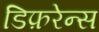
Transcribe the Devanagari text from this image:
डिफ़रेन्स